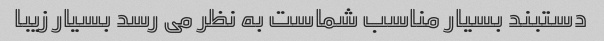
دستبند بسیار مناسب شماست به نظر می رسد بسیار زیبا